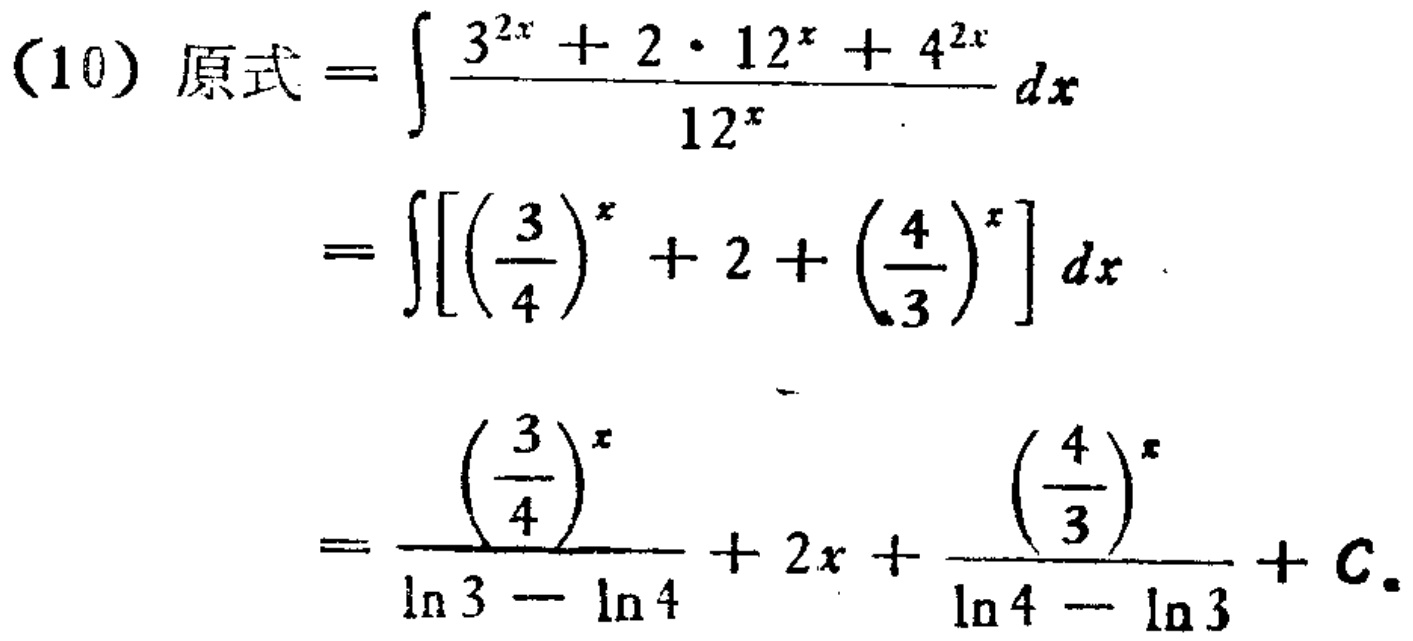
\begin{align*}
(10)\ 原式&=\int\frac{3^{2x}+2\cdot12^{x}+4^{2x}}{12^{x}}dx\\
&=\int\left[\left(\frac{3}{4}\right)^{x}+2+\left(\frac{4}{3}\right)^{x}\right]dx\\
&=\frac{\left(\frac{3}{4}\right)^{x}}{\ln3 - \ln4}+2x+\frac{\left(\frac{4}{3}\right)^{x}}{\ln4 - \ln3}+C.
\end{align*}